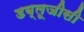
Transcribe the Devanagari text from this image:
डब्लूजीसी